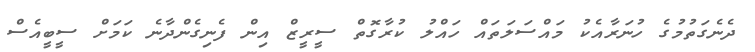
ދެނެގަތުމުގެ ހުނަރާއެކު މައްސަލަތައް ހައްލު ކުރާގޮތް ސީރީޒް އިން ފެނިގެންދާނެ ކަމަށް ސީބީއެސް